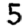
Digit: 5